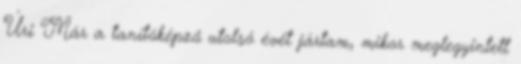
Úri Már a tanítóképző utolsó évét jártam, mikor meglegyintett